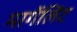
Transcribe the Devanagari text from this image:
मार्गेलिट